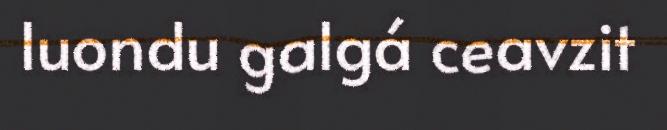
luondu galgá ceavzit